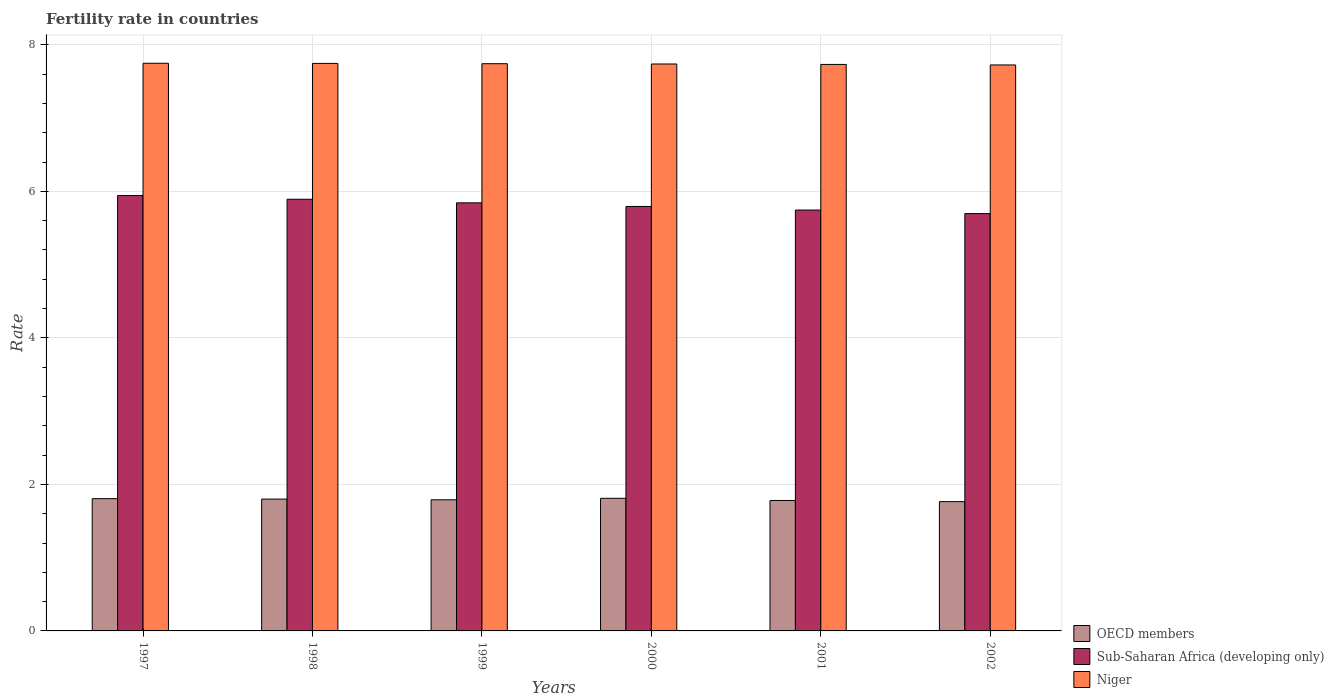
| Years | OECD members | Sub-Saharan Africa (developing only) | Niger |
 | --- | --- | --- | --- |
 | 1997 | 1.81 | 5.94 | 7.75 |
 | 1998 | 1.8 | 5.89 | 7.75 |
 | 1999 | 1.79 | 5.84 | 7.74 |
 | 2000 | 1.81 | 5.79 | 7.74 |
 | 2001 | 1.78 | 5.74 | 7.73 |
 | 2002 | 1.76 | 5.7 | 7.72 |